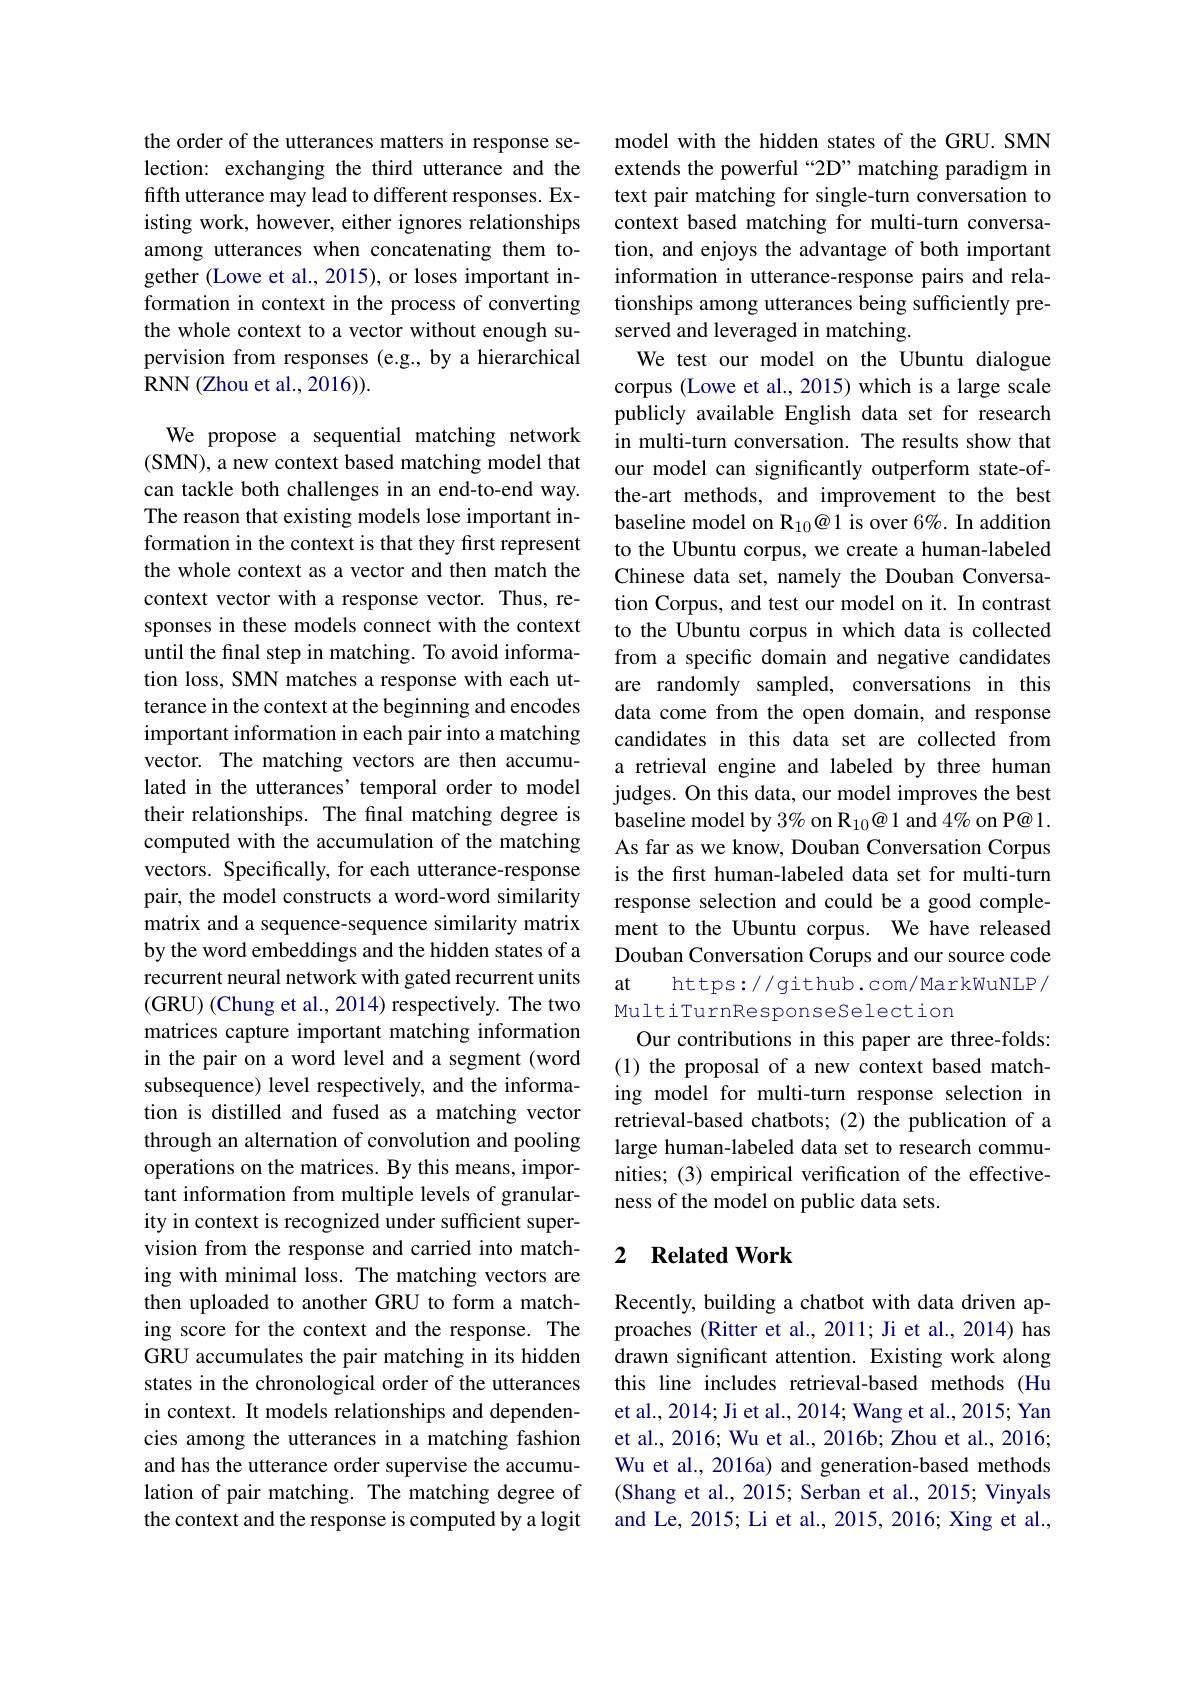
the order of the utterances matters in response selection: exchanging the third utterance and the fifth utterance may lead to different responses. Existing work, however, either ignores relationships among utterances when concatenating them together (Lowe et al., 2015), or loses important information in context in the process of converting the whole context to a vector without enough supervision from responses (e.g., by a hierarchical RNN (Zhou et al., 2016)).

We propose a sequential matching network (SMN), a new context based matching model that can tackle both challenges in an end-to-end way. The reason that existing models lose important information in the context is that they first represent the whole context as a vector and then match the context vector with a response vector. Thus, responses in these models connect with the context until the final step in matching. To avoid information loss, SMN matches a response with each utterance in the context at the beginning and encodes important information in each pair into a matching vector. The matching vectors are then accumulated in the utterances' temporal order to model their relationships. The final matching degree is computed with the accumulation of the matching vectors. Specifically, for each utterance-response pair, the model constructs a word-word similarity matrix and a sequence-sequence similarity matrix by the word embeddings and the hidden states of a recurrent neural network with gated recurrent units (GRU) ( Chung et al. , 2014) respectively. The two matrices capture important matching information in the pair on a word level and a segment (word subsequence) level respectively, and the information is distilled and fused as a matching vector through an alternation of convolution and pooling operations on the matrices. By this means, important information from multiple levels of granularity in context is recognized under sufficient supervision from the response and carried into matching with minimal loss. The matching vectors are then uploaded to another GRU to form a matching score for the context and the response. The GRU accumulates the pair matching in its hidden states in the chronological order of the utterances in context. It models relationships and dependencies among the utterances in a matching fashion and has the utterance order supervise the accumulation of pair matching. The matching degree of the context and the response is computed by a logit

model with the hidden states of the GRU. SMN extends the powerful “2D”matching paradigm in text pair matching for single-turn conversation to context based matching for multi-turn conversation, and enjoys the advantage of both important information in utterance-response pairs and relationships among utterances being sufficiently preserved and leveraged in matching.
We test our model on the Ubuntu dialogue corpus (Lowe et al., 2015) which is a large scale publicly available English data set for research in multi-turn conversation. The results show that our model can significantly outperform state-ofthe-art methods, and improvement to the best baseline model on R$_{10}\textcircled{a}$1 is over 6%. In addition to the Ubuntu corpus, we create a human-labeled Chinese data set, namely the Douban Conversation Corpus, and test our model on it. In contrast to the Ubuntu corpus in which data is collected from a specific domain and negative candidates are randomly sampled, conversations in this data come from the open domain, and response candidates in this data set are collected from a retrieval engine and labeled by three human judges. On this data, our model improves the best baseline model by $3\%$ on R$_{10}\textcircled{a}1$ and 4% on P@1. As far as we know, Douban Conversation Corpus is the first human-labeled data set for multi-turn response selection and could be a good complement to the Ubuntu corpus. We have released Douban Conversation Corups and our source code at
https://github.com/MarkWuNLP/
MultiTurnResponseSelection
Our contributions in this paper are three-folds: (1) the proposal of a new context based matching model for multi-turn response selection in retrieval-based chatbots; (2) the publication of a large human-labeled data set to research communities; (3) empirical verification of the effectiveness of the model on public data sets.

### 2 $\textbf{Related Work}$

Recently, building a chatbot with data driven approaches (Ritter et al., 2011; Ji et al., 2014) has drawn significant attention. Existing work along this line includes retrieval-based methods (Hu et al., 2014; Ji et al., 2014; Wang et al., 2015; Yan et al., 2016; Wu et al., 2016b; Zhou et al., 2016; Wu et al., 2016a) and generation-based methods (Shang et al., 2015; Serban et al., 2015; Vinyals and Le, 2015; Li et al., 2015, 2016; Xing et al.,